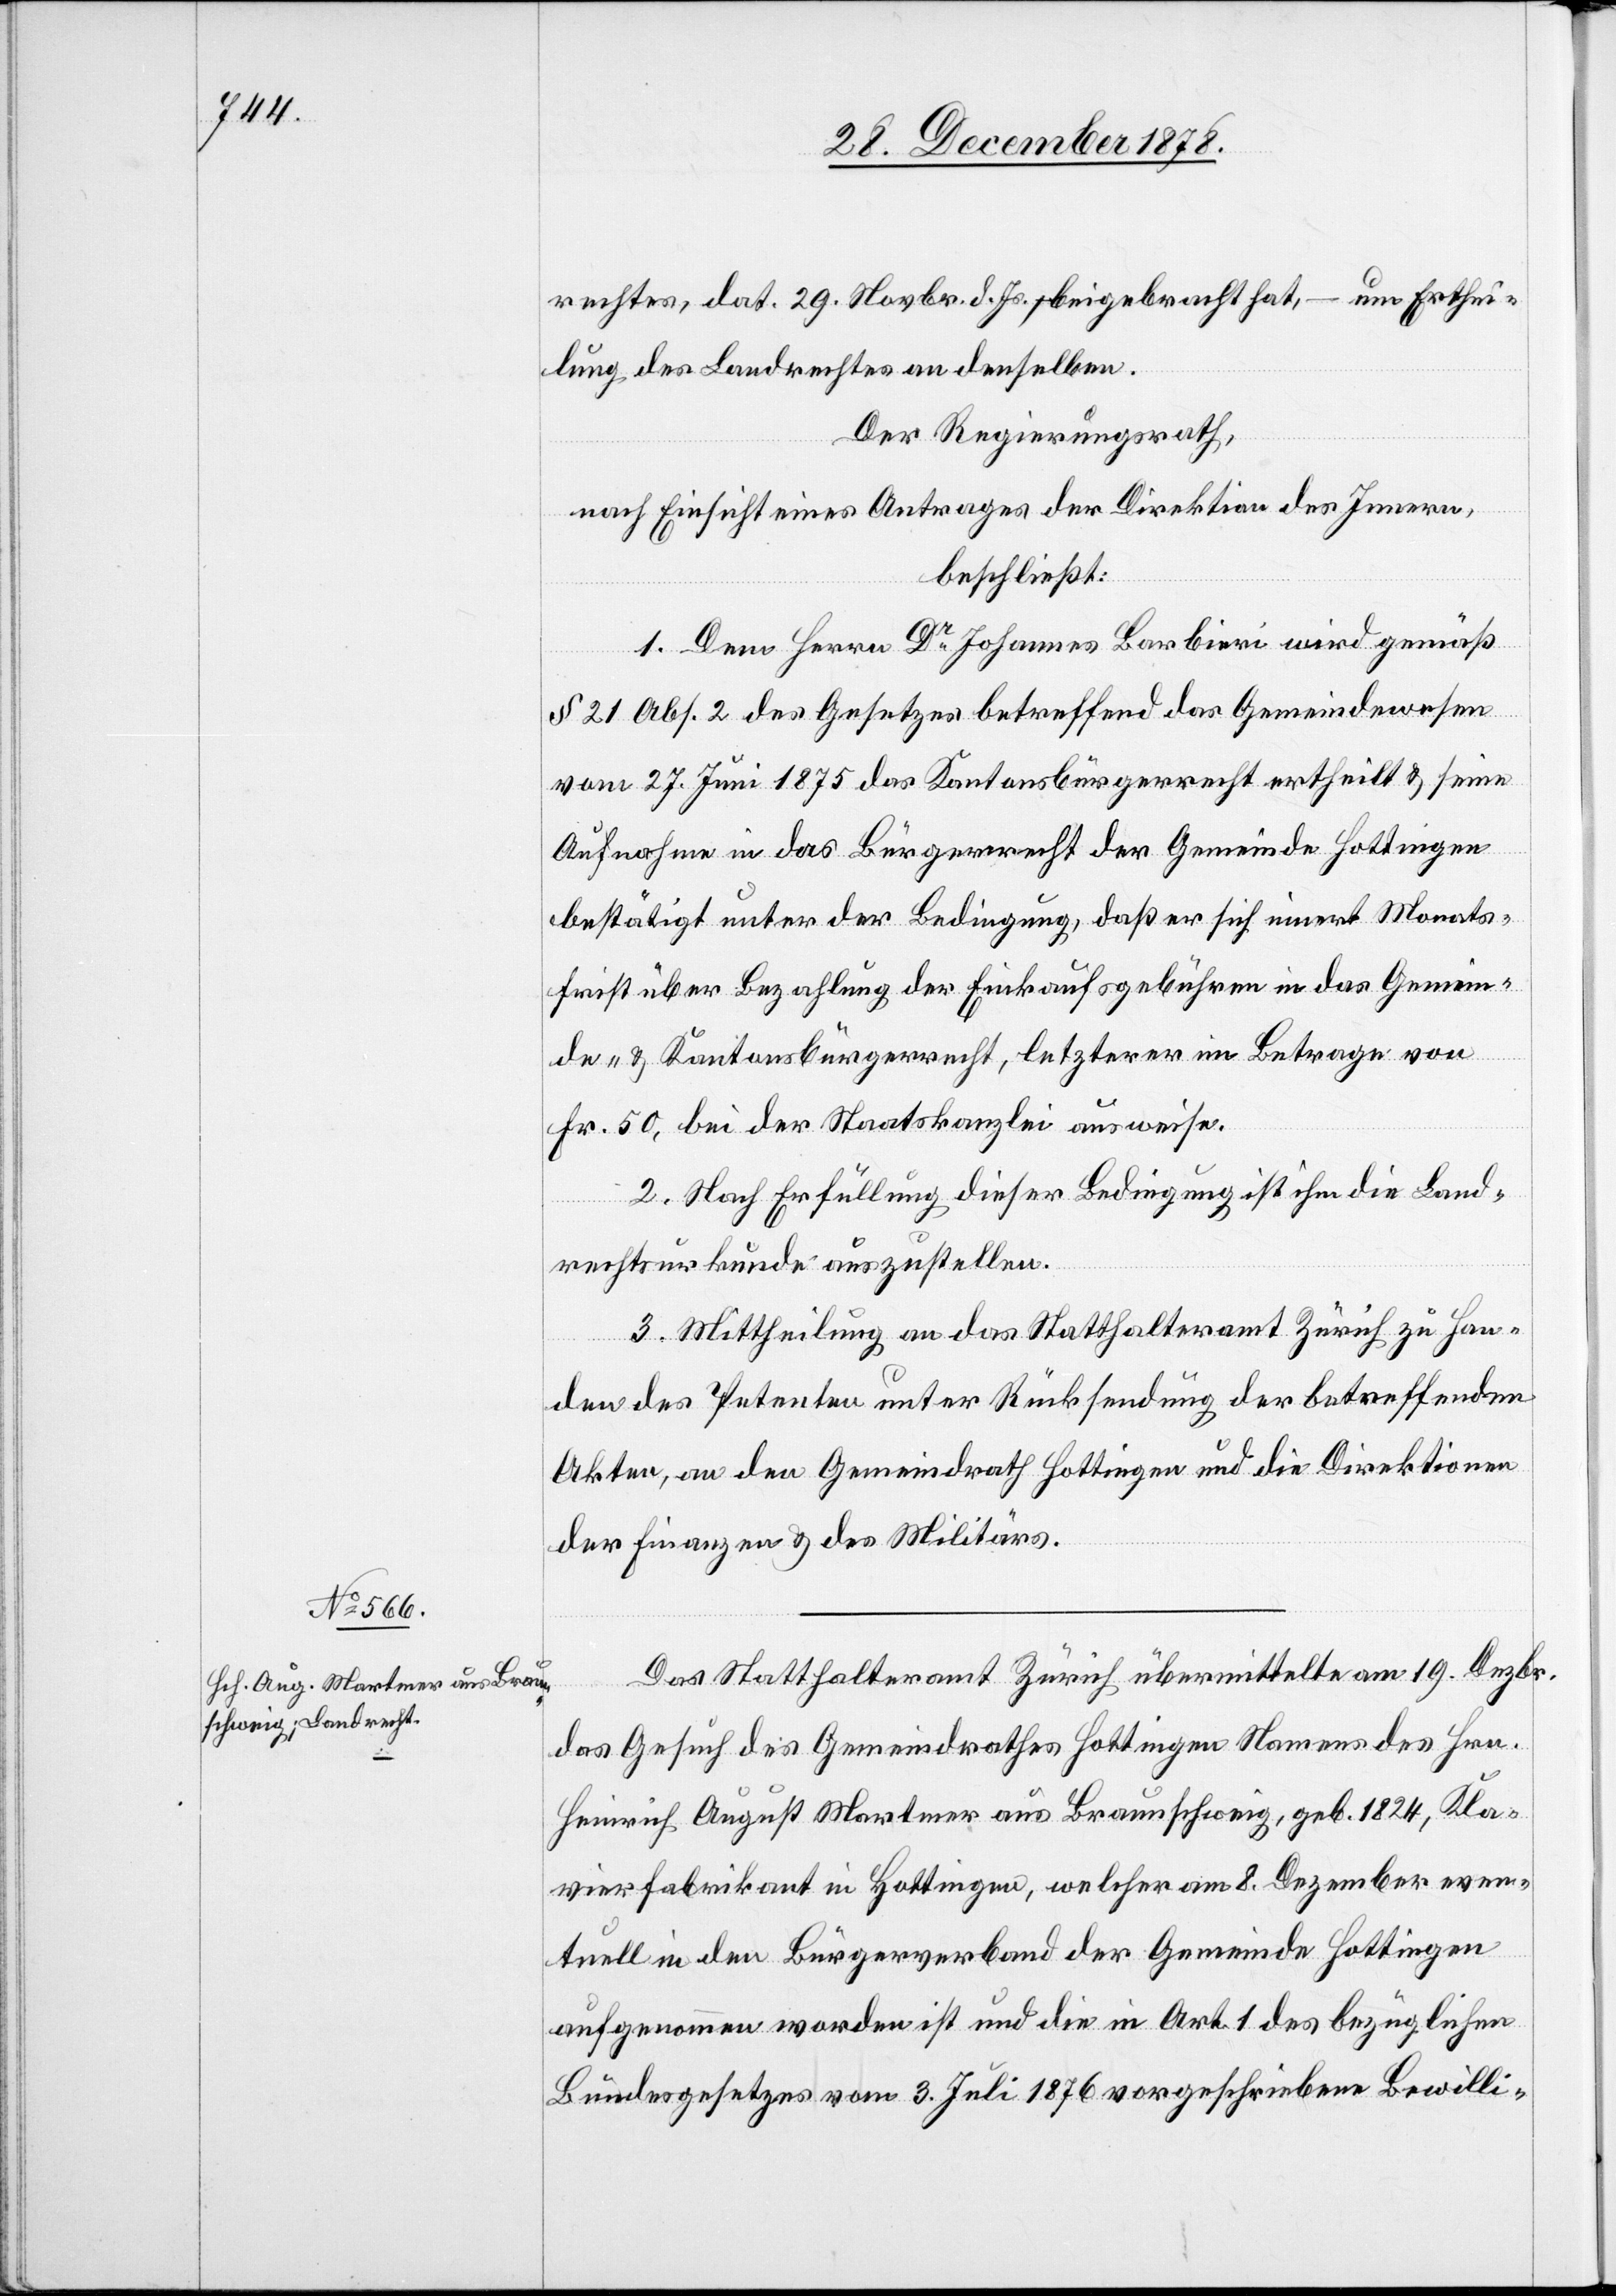
rechtes, dat. 29. Novbr. d. Js., beigebracht hat, – um Erthei¬
lung des Landrechtes an denselben.
Der Regierungsrath,
nach Einsicht eines Antrages der Direktion des Innern,
beschließt:
1. Dem Herrn Dr Johannes Barbieri wird gemäß
§ 21 Abs. 2 des Gesetzes betreffend das Gemeindewesen
vom 27. Juni 1875 das Kantonsbürgerrecht ertheilt & seine
Aufnahme in das Bürgerrecht der Gemeinde Hottigen
bestätigt unter der Bedingung, daß er sich innert Monats¬
frist über Bezahlung der Einkaufsgebühren in das Gemein¬
de- & Kantonsbürgerrecht, letzterer im Betrage von
Fr. 50, bei der Staatskanzlei ausweise.
2. Nach Erfüllung dieser Bedingung ist ihm die Land¬
rechtsurkunde auszustellen.
3. Mittheilung an das Statthalteramt Zürich zu Han¬
den des Petenten unter Rücksendung der betreffenden
Akten, an den Gemeindrath Hottingen und an die Direktionen
der Finanzen & des Militärs.
Das Statthalteramt Zürich übermittelte am 19. Dezbr.
das Gesuch des Gemeindrathes Hottingen Namens des Hrn.
Heinrich August Martmer aus Braunschweig, geb. 1824, Kla¬
vierfabrikant in Hottingen, welcher am 8. Dezember even¬
tuell in den Bürgerverband der Gemeinde Hottingen
aufgenommen worden ist und die in Art. 1 des bezüglichen
Bundesgesetzes vom 3. Juli 1876 vorgeschriebene Bewilli-